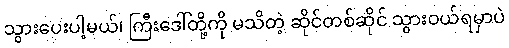
သွားပေးပါ့မယ်၊ ကြီးဒေါ်တို့ကို မသိတဲ့ ဆိုင်တစ်ဆိုင် သွားဝယ်ရမှာပဲ